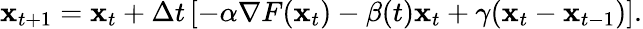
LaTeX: {\mathbf x}_{t+1}={{\mathbf x}_{t}}+\Delta t\left[-\alpha\nabla F({\mathbf x}_{t})-\beta(t){\mathbf x}_{t}+\gamma({\mathbf x}_{t}-{\mathbf x}_{t-1})\right].